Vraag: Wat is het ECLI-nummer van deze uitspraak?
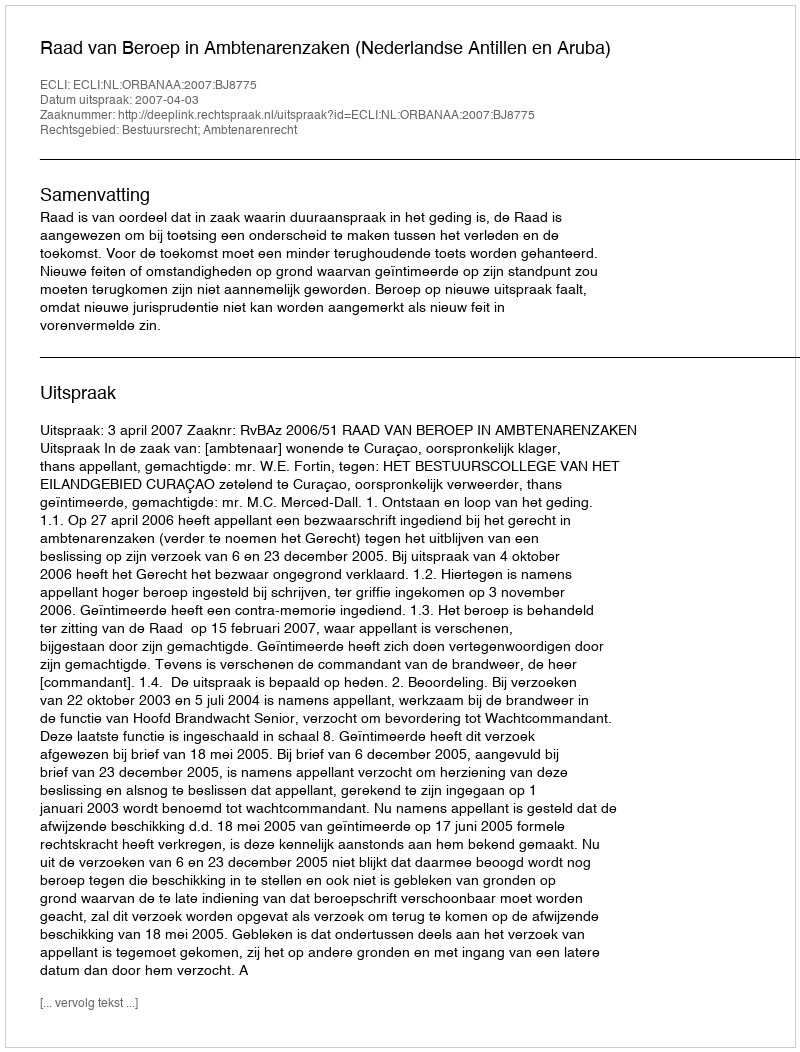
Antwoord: ECLI:NL:ORBANAA:2007:BJ8775